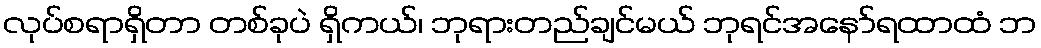
လုပ်စရာရှိတာ တစ်ခုပဲ ရှိကယ်၊ ဘုရားတည်ချင်မယ် ဘုရင်အနော်ရထာထံ ဘ